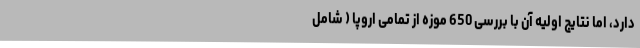
دارد،‌ اما نتایج اولیه آن با بررسی 650 موزه از تمامی اروپا ( شامل